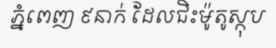
ភ្នំពេញ ៩នាក់ ដែលជិះម៉ូតូស្កុប